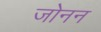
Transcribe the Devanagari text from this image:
जोनन